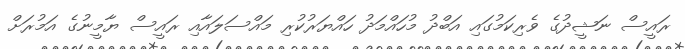
ރައީސް ނަޝީދުގެ ވެރިކަމުގައި އަބްދު މުހައްމަދު ހައްޔަރުކުރި މައްސަލައާއި ރައީސް ޔާމީނުގެ އަމުރަށް